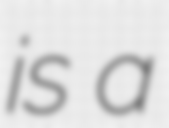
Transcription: is a